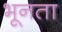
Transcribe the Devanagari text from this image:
भूनता